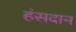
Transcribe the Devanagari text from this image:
हंसदान